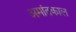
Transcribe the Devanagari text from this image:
अमांतकाल